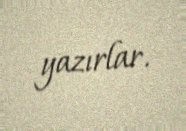
yazırlar.